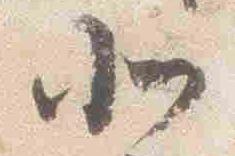
北